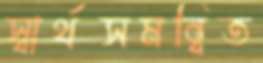
স্বার্থসমন্বিত